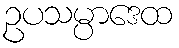
ဥပသမ္ပာဒေထ